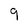
Character: 9